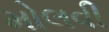
મોલવી